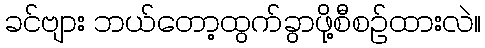
ခင်ဗျား ဘယ်တော့ထွက်ခွာဖို့စီစဉ်ထားလဲ။